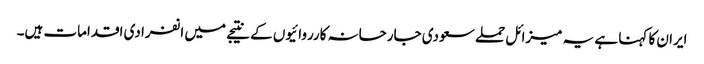
ایران کا کہنا ہے یہ میزائل حملے سعودی جارحانہ کارروائیوں کے نتیجے میں انفرادی اقدامات ہیں۔